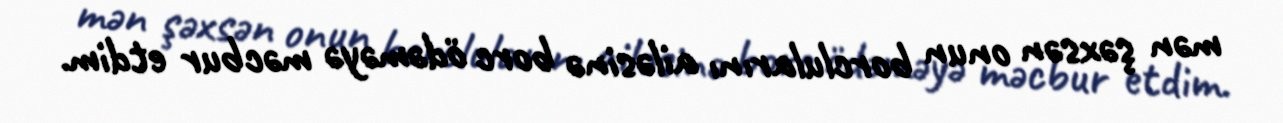
mən şəxsən onun borclularını ailəsinə borc ödəməyə məcbur etdim.